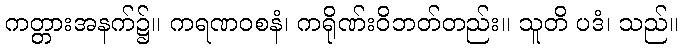
ကတ္တားအနက်၌။ ကရဏဝစနံ၊ ကရိုဏ်းဝိဘတ်တည်း။ သူတိ ပဒံ၊ သည်။